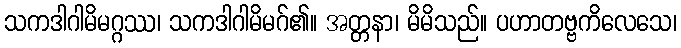
သကဒါဂါမိမဂ္ဂဿ၊ သကဒါဂါမိမဂ်၏။ အတ္တနာ၊ မိမိသည်။ ပဟာတဗ္ဗကိလေသေ၊